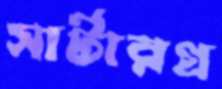
সার্টারগ্র